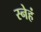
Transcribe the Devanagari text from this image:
स्नेहं